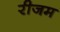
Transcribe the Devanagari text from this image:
रीजम